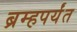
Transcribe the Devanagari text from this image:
ब्रम्हपर्यंत